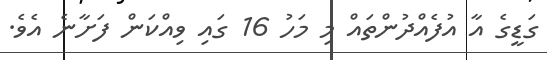
ގަޑީގެ އާ އުފެއްދުންތައް މި މަހު 16 ގައި ވިއްކަން ފަށާނެ އެވެ.